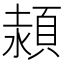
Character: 𩓊